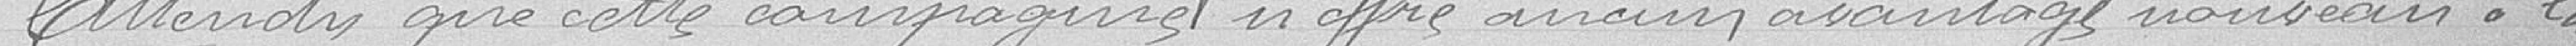
Attendu que cette compagnie n'offre aucun avantage nouveau à la